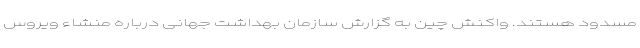
مسدود هستند. واکنش چین به گزارش سازمان بهداشت جهانی درباره منشاء ویروس